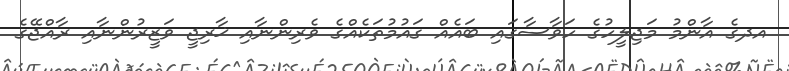
އދގެ އާންމު މަޖިލީހުގެ ހަވާސާގައި ބައެއް ގައުމުތަކެއްގެ ވެރިންނާއި ޚާރިޖީ ވަޒީރުންނާއި ރާއްޖޭގެ